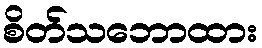
စိတ်သဘောထား